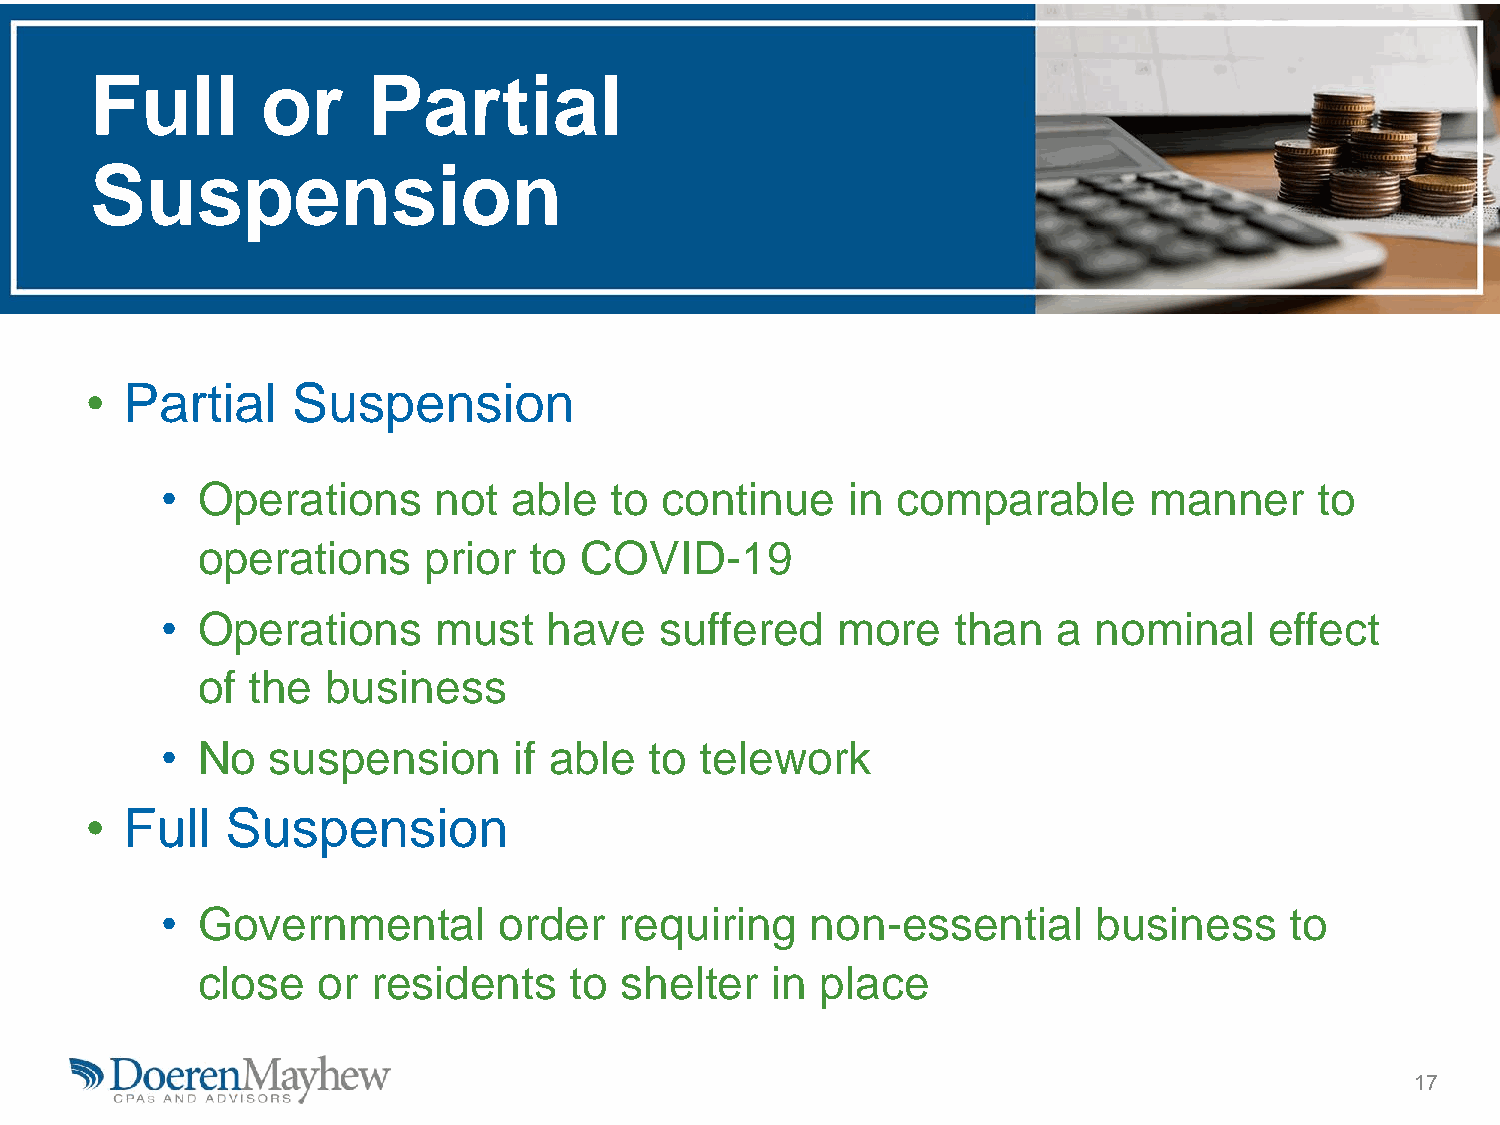
Full       or     Partial
 Suspension
 • Partial    Suspension
 • Operations      not  able  to  continue    in comparable       manner     to
 operations     prior  to COVID-19
 • Operations      must   have    suffered   more    than   a  nominal    effect
 of the   business
 • No   suspension      if able  to telework
 • Full   Suspension
 • Governmental        order   requiring    non-essential      business    to
 close   or  residents    to shelter   in place
 17